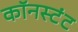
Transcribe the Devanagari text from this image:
कॉनस्टंट